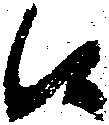
候